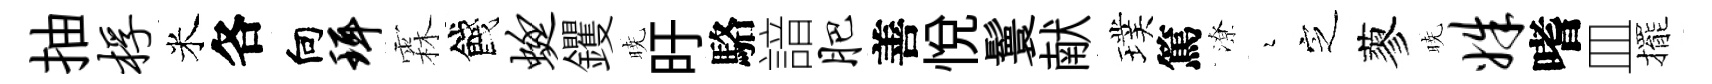
抽桴米各向珥霖餞蜓钁暁旴駱諳肥善悦鬟献璞篤潦瑟㝎蓼暁姝嗜皿擺